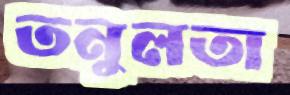
তনুলতা